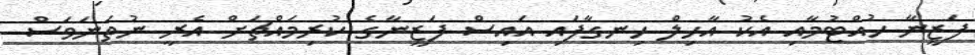
ފަޒީނާ ހުއްޓުމާއި އެކު އާހިލް ހިނގާފައި އައިސް ފަޒީނާގެ ކުރިމައްޗަށް އެރީ ނުތަނަވަސް